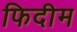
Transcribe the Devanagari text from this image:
फिदीम